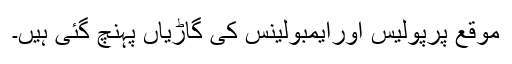
موقع پرپولیس اورایمبولینس کی گاڑیاں پہنچ گئی ہیں۔